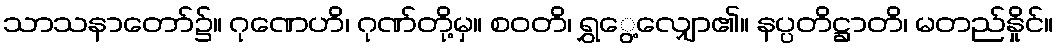
သာသနာတော်၌။ ဂုဏေဟိ၊ ဂုဏ်တို့မှ။ စဝတိ၊ ရွှွေ့လျှော၏။ နပ္ပတိဋ္ဌာတိ၊ မတည်နှိုင်။